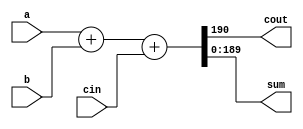
// Creating a scalable adder

module adder_max(cout, sum, a, b, cin);
parameter size = 190;  /* declare a parameter. default required */
output cout;
output [size-1:0] sum; 	 // sum uses the size parameter
input cin;
input [size-1:0] a, b;  // 'a' and 'b' use the size parameter

assign {cout, sum} = a + b + cin;

endmodule